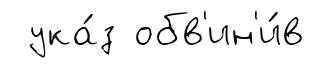
ука́з обв'ин'и́в